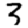
Digit: 3